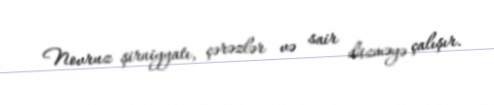
Novruz şirniyyatı, çərəzlər və sair düzməyə çalışır.